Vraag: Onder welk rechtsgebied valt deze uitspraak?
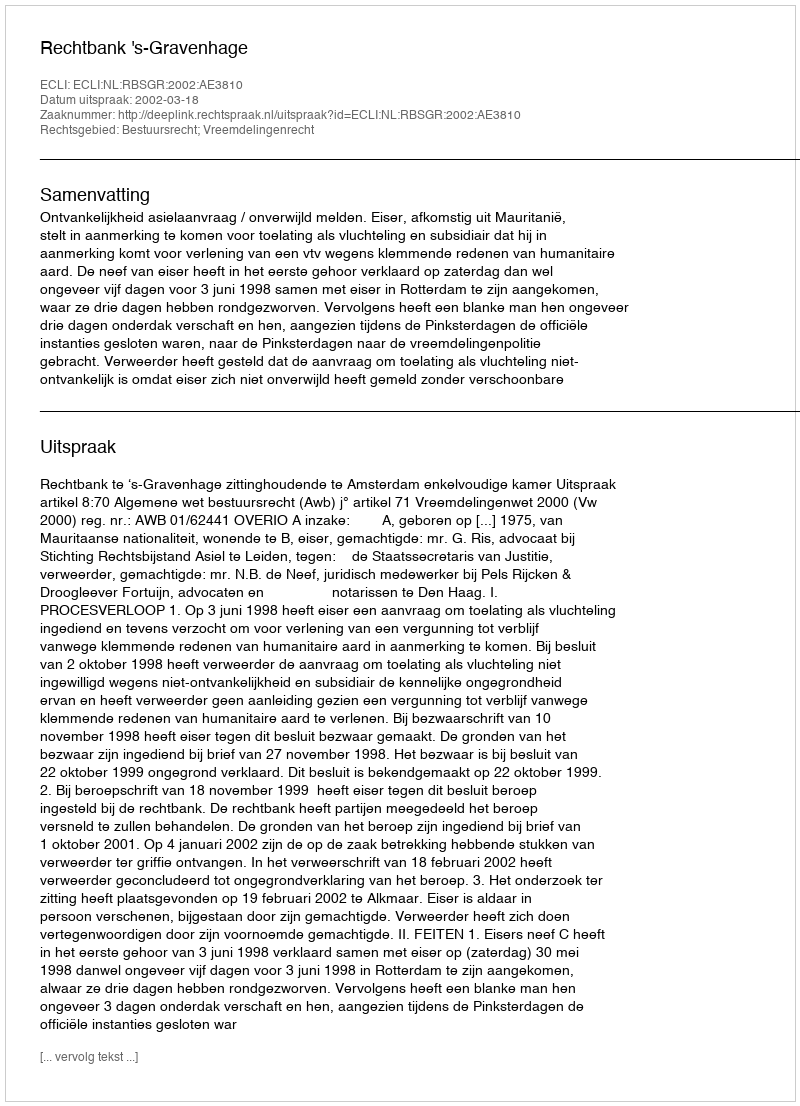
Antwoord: Bestuursrecht; Vreemdelingenrecht